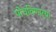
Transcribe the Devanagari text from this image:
पोचविणार्‍या